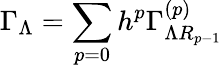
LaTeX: \Gamma_{\Lambda}=\sum_{p=0}h^{p}\Gamma_{\Lambda R_{p-1}}^{\left(p\right)}